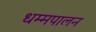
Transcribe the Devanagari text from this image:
धम्मपालन